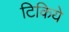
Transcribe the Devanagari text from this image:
टिकिये